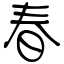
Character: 春